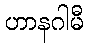
ဟာနဂါမီ